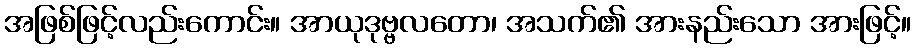
အဖြစ်ဖြင့်လည်းကောင်း။ အာယုဒုဗ္ဗလတော၊ အသက်၏ အားနည်းသော အားဖြင့်။